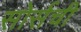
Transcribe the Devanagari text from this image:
सोर्सची